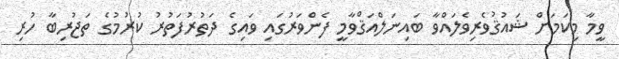
ވީމާ މިކަމަށް ޝައުޤުވެރިވެލައްވާ ބައިނަލްއަޤްވާމީ ފެންވަރުގައި ވައިގެ ދަތުރުފަތުރު ކުރުމުގެ ތަޖުރިބާ ހުރި